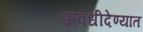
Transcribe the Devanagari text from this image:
अवधीदेण्यात